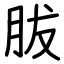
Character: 胈